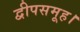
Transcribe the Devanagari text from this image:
द्वीपसमूह।